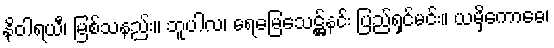
နိဝါရယီ၊ မြစ်သနည်း။ ဘူပါလ၊ ရေမြေသေဋ္ဌ်နင်း ပြည်ရှင်မင်း။ ယမှိကောဓေ၊